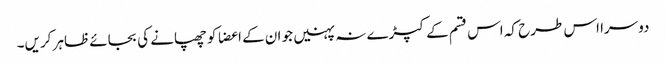
دوسرا اس طرح کہ اس قسم کے کپڑے نہ پہنیں جو ان کے اعضا کو چھپانے کی بجائے ظاہر کریں۔